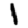
Digit: 1